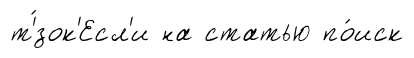
т'́зок'Есл'и на статью по́иск